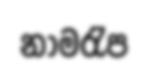
නාමරැප